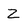
Character: Z